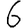
Digit: 6